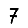
Digit: 7